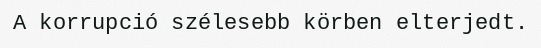
A korrupció szélesebb körben elterjedt.